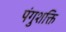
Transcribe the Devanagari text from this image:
पंगुशक्ति